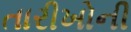
તારીખોની